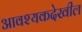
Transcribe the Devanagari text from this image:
आवश्यकदेखील